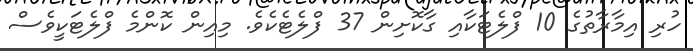
ހުރި އިމާރާތުގެ 10 ފްލެޓަކާއި ގާކޮށިން 37 ފްލެޓެކެވެ. މިއިން ކޮންމެ ފްލެޓަކީވެސް